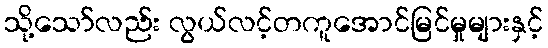
သို့သော်လည်း လွယ်လင့်တကူအောင်မြင်မှုများနှင့်